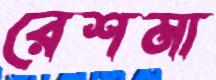
রেশমা